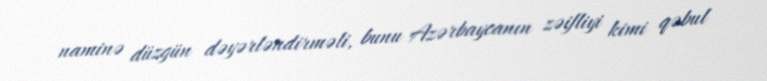
naminə düzgün dəyərləndirməli, bunu Azərbaycanın zəifliyi kimi qəbul